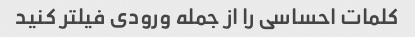
کلمات احساسی را از جمله ورودی فیلتر کنید